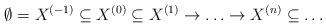
LaTeX: \begin{align*}\emptyset=X^{(-1)}\subseteq X^{(0)} \subseteq X^{(1)} \to \ldots \to X^{(n)} \subseteq \ldots \end{align*}